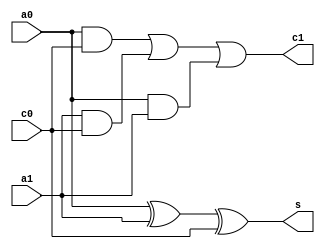
/***********************************************
Module Name:   Full_Adder
Feature:       Full adder for 1 bit math add
Coder:         Garfield
Organization:  XXXX Group, Department of Architecture
------------------------------------------------------
Input ports:   a0, a1, 1 bit, addends
               c0, 1 bit, carry bit from low bit
Output Ports:  s, 1 bit, sum
               c1, 1 bit, carry bit
------------------------------------------------------
History:
11-30-2015: First Version by Garfield
11-30-2015: Verified by Garfield with Full_Adder_test in ISE/Modelsim
***********************************************/

module full_adder 
  ( 
    input a0, a1,
    input c0,
    output s,
    output c1
  );

//Defination for Varables in the module
wire t1, t2, t3;
//Logicals
//Sum: 
assign s = (a0 ^ a1) ^ c0;

//Carry bit: sperate the equation into 3 indepent parts in order to read
assign t1 = a0 & c0;
assign t2 = a1 & c0;
assign t3 = a0 & a1;
assign c1 = (t1 | t2) | t3;

endmodule